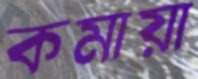
কমায়া